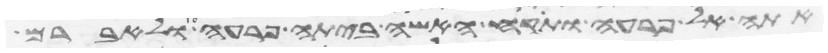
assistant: אתה אל פרעה ותקח האשה ביתה פרעה ולאברם